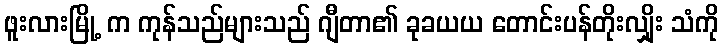
ဖူးလားမြို့ က ကုန်သည်များသည် ဂျီတာ၏ ခုခယယ တောင်းပန်တိုးလျှိုး သံကို